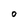
Character: o